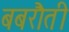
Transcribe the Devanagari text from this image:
बबरौती